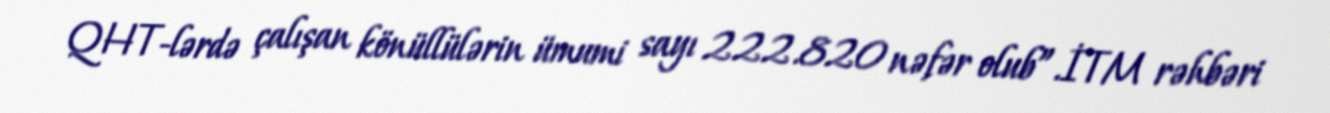
QHT-lərdə çalışan könüllülərin ümumi sayı 222.820 nəfər olub”.İTM rəhbəri